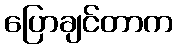
ပြောချင်တာက